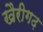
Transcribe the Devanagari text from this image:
खैरीगढ़